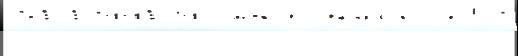
31 19441946 мун'иципа́льноjе 59